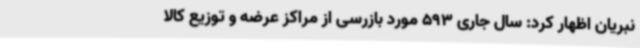
نبریان اظهار کرد: سال جاری 593 مورد بازرسی از مراکز عرضه و توزیع کالا